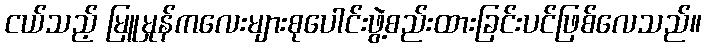
ငယ်သည့် မြူမှုန်ကလေးများစုပေါင်းဖွဲ့စည်းထားခြင်းပင်ဖြစ်လေသည်။